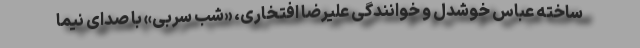
ساخته عباس خوشدل و خوانندگی علیرضا افتخاری، «شب سربی» با صدای نیما